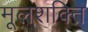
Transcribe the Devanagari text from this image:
मूलशक्ति